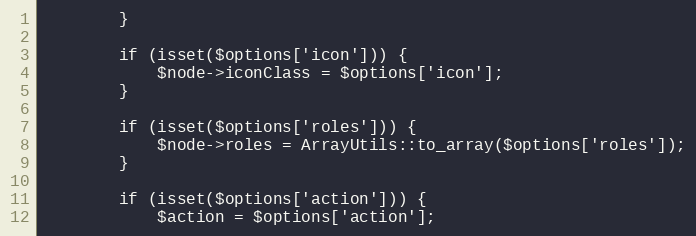
Language: PHP
        }

        if (isset($options['icon'])) {
            $node->iconClass = $options['icon'];
        }

        if (isset($options['roles'])) {
            $node->roles = ArrayUtils::to_array($options['roles']);
        }

        if (isset($options['action'])) {
            $action = $options['action'];